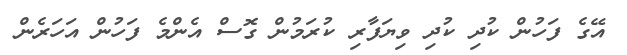
އޭގެ ފަހުން ކުދި ކުދި ވިޔަފާރި ކުރަމުން ގޮސް އެންމެ ފަހުން އަހަރެން